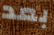
بعد